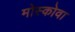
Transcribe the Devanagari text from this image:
मोस्कोवा